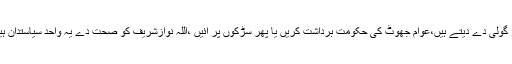
اسحق ڈار تو اتنے ماہر ہیں کہ یہ آئی ایم ایف کو جعلی ڈاکومنٹ دکھا کر گولی دے دیتے ہیں،عوام جھوٹ کی حکومت برداشت کریں یا پھر سڑکوں پر آئیں ،اللہ نوازشریف کو صحت دے یہ واحد سیاستدان ہیں جنھوں نے صحت کے لیے دعائیں بھی اشتہاروں کے ذریعے لی ہیں۔